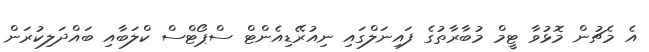
އެ މެޗުން މޮޅުވާ ޓީމް މުބާރާތުގެ ފައިނަލްގައި ނިއުރޭޑިއެންޓް ސްޕޯޓްސް ކްލަބާއި ބައްދަލިކުރަން